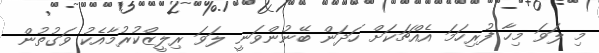
މި ލަވަ މިހާ ފުރިހަމަ އެއްޗަކަށް ހަދަން ބޭނުންވަނީ ލަވަ ރިލީޒްކުރުމާއެކު ވަގުތުން